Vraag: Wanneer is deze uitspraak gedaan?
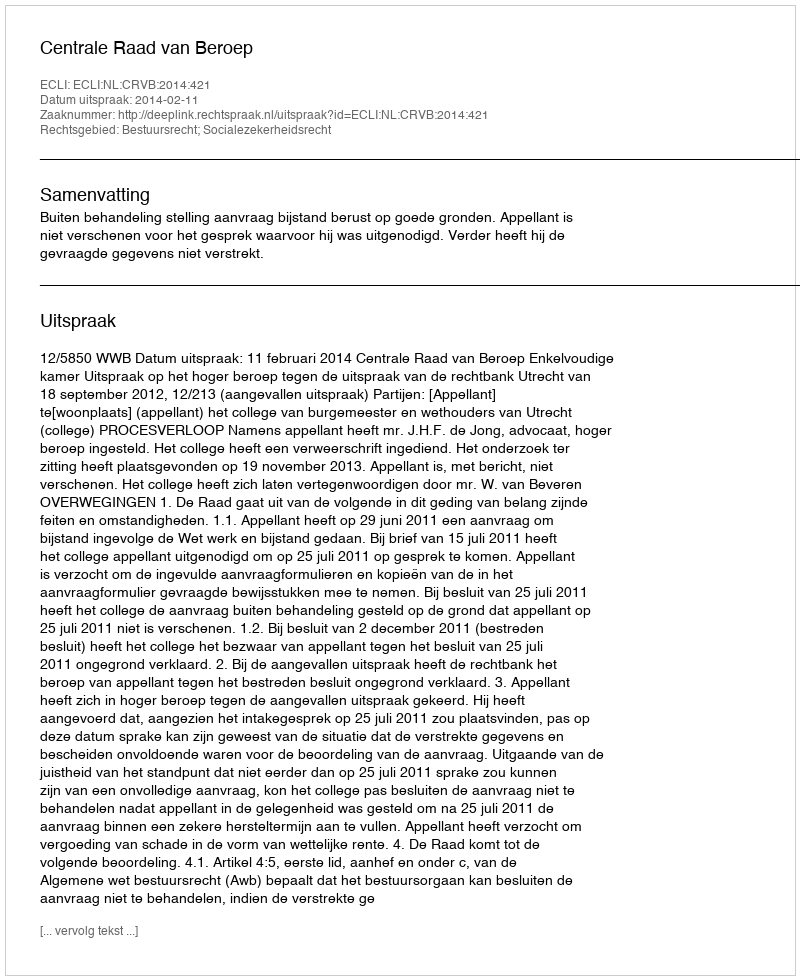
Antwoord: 2014-02-11